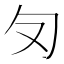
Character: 𭅄